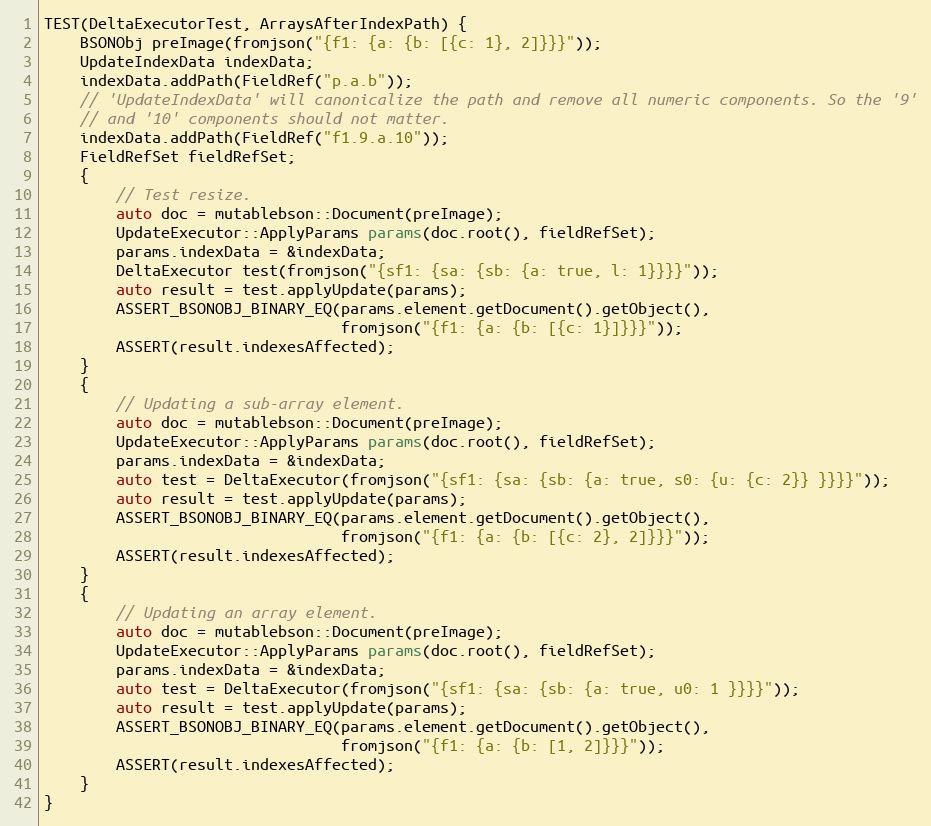
Language: C++
TEST(DeltaExecutorTest, ArraysAfterIndexPath) {
    BSONObj preImage(fromjson("{f1: {a: {b: [{c: 1}, 2]}}}"));
    UpdateIndexData indexData;
    indexData.addPath(FieldRef("p.a.b"));
    // 'UpdateIndexData' will canonicalize the path and remove all numeric components. So the '9'
    // and '10' components should not matter.
    indexData.addPath(FieldRef("f1.9.a.10"));
    FieldRefSet fieldRefSet;
    {
        // Test resize.
        auto doc = mutablebson::Document(preImage);
        UpdateExecutor::ApplyParams params(doc.root(), fieldRefSet);
        params.indexData = &indexData;
        DeltaExecutor test(fromjson("{sf1: {sa: {sb: {a: true, l: 1}}}}"));
        auto result = test.applyUpdate(params);
        ASSERT_BSONOBJ_BINARY_EQ(params.element.getDocument().getObject(),
                                 fromjson("{f1: {a: {b: [{c: 1}]}}}"));
        ASSERT(result.indexesAffected);
    }
    {
        // Updating a sub-array element.
        auto doc = mutablebson::Document(preImage);
        UpdateExecutor::ApplyParams params(doc.root(), fieldRefSet);
        params.indexData = &indexData;
        auto test = DeltaExecutor(fromjson("{sf1: {sa: {sb: {a: true, s0: {u: {c: 2}} }}}}"));
        auto result = test.applyUpdate(params);
        ASSERT_BSONOBJ_BINARY_EQ(params.element.getDocument().getObject(),
                                 fromjson("{f1: {a: {b: [{c: 2}, 2]}}}"));
        ASSERT(result.indexesAffected);
    }
    {
        // Updating an array element.
        auto doc = mutablebson::Document(preImage);
        UpdateExecutor::ApplyParams params(doc.root(), fieldRefSet);
        params.indexData = &indexData;
        auto test = DeltaExecutor(fromjson("{sf1: {sa: {sb: {a: true, u0: 1 }}}}"));
        auto result = test.applyUpdate(params);
        ASSERT_BSONOBJ_BINARY_EQ(params.element.getDocument().getObject(),
                                 fromjson("{f1: {a: {b: [1, 2]}}}"));
        ASSERT(result.indexesAffected);
    }
}